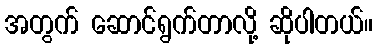
အတွက် ဆောင်ရွက်တာလို့ ဆိုပါတယ်။